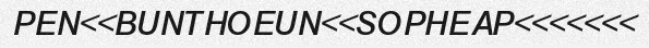
PEN<<BUNTHOEUN<<SOPHEAP<<<<<<<